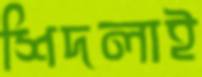
শিদলাই